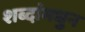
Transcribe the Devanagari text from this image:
शब्दांमधुन